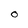
Character: O